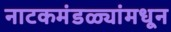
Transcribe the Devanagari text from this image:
नाटकमंडळ्यांमधून